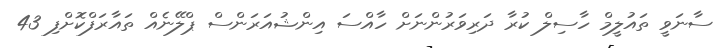
ސާނަވީ ތައުލީމް ހާސިލް ކުރާ ދަރިވަރުންނަށް ހާއްސަ އިންޝުއަރަންސް ޕްލޭނެއް ތައާރަފްކޮށްފި 43